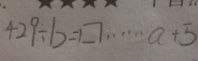
4 2 9 \div b = \square \cdots a + 5